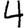
Digit: 4